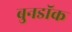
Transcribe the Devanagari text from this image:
बुनडॉक